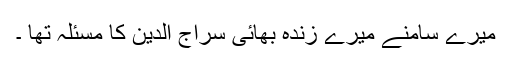
میرے سامنے میرے زندہ بھائی سراج الدین کا مسئلہ تھا ۔